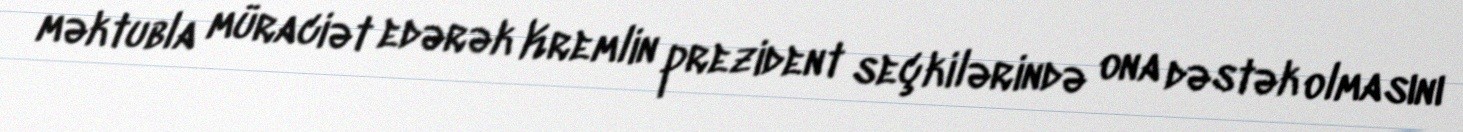
məktubla müraciət edərək Kremlin prezident seçkilərində ona dəstək olmasını